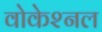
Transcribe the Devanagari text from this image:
वोकेश्नल